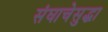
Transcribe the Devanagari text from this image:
संघाचेसुद्धा